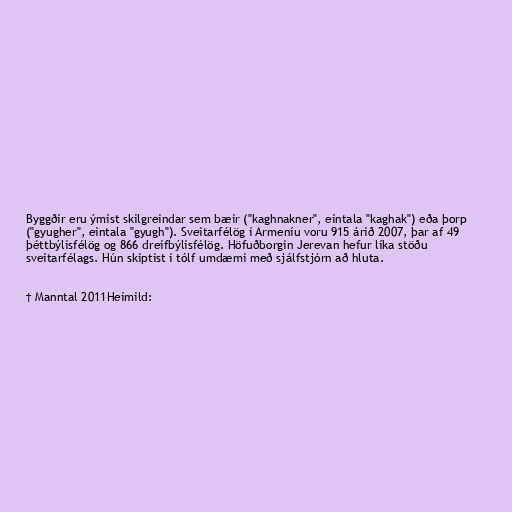
Byggðir eru ýmist skilgreindar sem bæir ("kaghnakner", eintala "kaghak") eða þorp
("gyugher", eintala "gyugh"). Sveitarfélög í Armeníu voru 915 árið 2007, þar af 49
þéttbýlisfélög og 866 dreifbýlisfélög. Höfuðborgin Jerevan hefur líka stöðu
sveitarfélags. Hún skiptist í tólf umdæmi með sjálfstjórn að hluta.

† Manntal 2011Heimild: